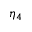
\eta _ { 4 }